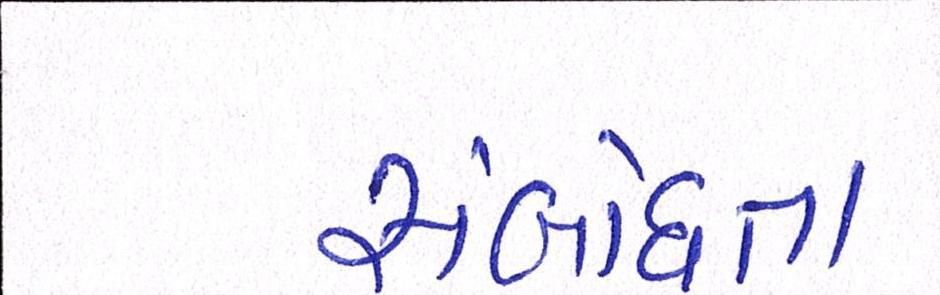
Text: સંબોધતા